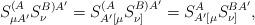
LaTeX: \begin{align*}S_{\mu A^{\prime }}^{(A}S_{\nu }^{B)A^{\prime }}=S_{A^{\prime }[\mu}^{(A}S_{\nu ]}^{B)A^{\prime }}=S_{A^{\prime }[\mu }^{A}S_{\nu]}^{BA^{\prime }}, \end{align*}